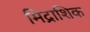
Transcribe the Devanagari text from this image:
मिद्राशिक